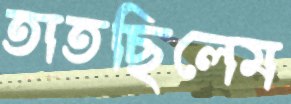
তাতছিলেম